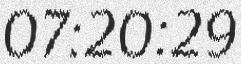
07:20:29